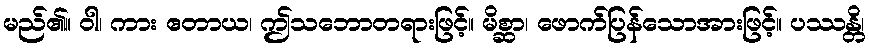
မည်၏။ ဝါ၊ ကား ဧတာယ၊ ဤသဘောတရားဖြင့်။ မိစ္ဆာ၊ ဖောက်ပြန်သောအားဖြင့်။ ပဿန္တိ၊